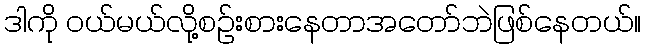
ဒါကို ဝယ်မယ်လို့စဉ်းစားနေတာအတော်ဘဲဖြစ်နေတယ်။